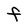
Character: F